Indian journal of veterinary science and animal husbandry - Volume 14,
Year: 1944
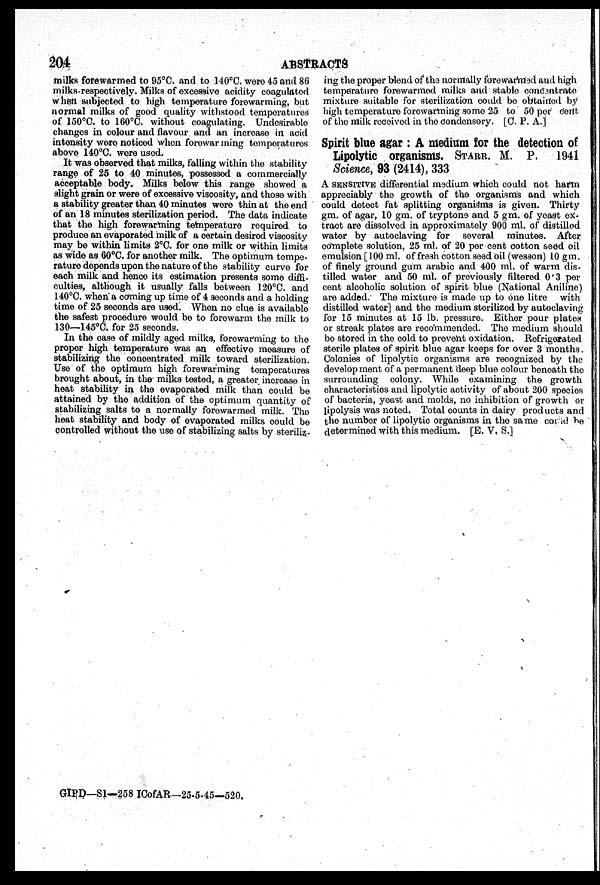
204
ABSTRACTS
milks forewarmed to 95°C. and to 140°C. were 45 and 86
milks-respectively. Milks of excessive acidity coagulated
when subjected to high temperature forewarming, but
normal milks of good quality withstood temperatures
of 150°C. to 160°C. without coagulating. Undesirable
changes in colour and flavour and an increase in acid
intensity were noticed when forowar ming temperatures
above 140°C. were used.
It was observed that milks, falling within the stability
range of 25 to 40 minutes, possessed a commercially
acceptable body. Milks below this range showed a
slight grain or were of excessive viscosity, and those with
a stability greater than 40 minutes were thin at the end
of an 18 minutes sterilization period. The data indicate
that the high forewarming temperature required to
produce an evaporated milk of a certain desired viscosity
may be within limits 2°C. for one milk or within limits
as wide as 60°C. for another milk. The optimum tempe-
rature depends upon the nature of the stability curve for
each milk and hence its estimation presents some diffi-
culties, although it usually falls between 120°C. and
140°C. when a coming up time of 4 seconds and a holding
time of 25 seconds are used. When no clue is available
the safest procedure would be to forewarm the milk to
130—145°C. for 25 seconds.
In the case of mildly aged milks, forewarming to the
proper high temperature was an effective measure of
stabilizing the concentrated milk toward sterilization.
Use of the optimum high forewarming temperatures
brought about, in the milks tested, a greater increase in
heat stability in the evaporated milk than could be
attained by the addition of the optimum quantity of
stabilizing salts to a normally forewarmed milk. The
heat stability and body of evaporated milks could be
controlled without the use of stabilizing salts by steriliz-
ing the proper blend of the normally forewarned and high
temperature forewarmed milks and stable conesntrate
mixture suitable for sterilization could be obtained by
high temperature forewarming some 25 to 50 per cent
of the milk received in the condensory. [C. P. A.]
Spirit blue agar: A medium for the detection of
Lipolytic organisms. STARR. M. P.
1941
Science, 93 (2414), 333
A SENSITIVE differential medium which could not harm
appreciably the growth of the organisms and which
could detect fat splitting organisms is given. Thirty
gm. of agar, 10 gm. of tryptone and 5 gm. of yeast ex-
tract are dissolved in approximately 900 ml. of distilled
water by autoclaving for several minutes. After
complete solution, 25 ml. of 20 per cent cotton seed oil
emulsion [ 100 ml. of fresh cotton seed oil (wesson) 10 gm.
of finely ground gum arabic and 400 ml. of warm dis-
tilled water and 50 ml. of previously filtered 0.3 per
cent alcoholic solution of spirit blue (National Aniline)
are added. The mixture is made up to one litre with
distilled water] and the medium sterilized by autoclaving
for 15 minutes at 15 lb. pressure. Either pour plates
or streak plates are recommended. The medium should
be stored in the cold to prevent oxidation. Refrigerated
sterile plates of spirit blue agar keeps for over 3 months.
Colonies of lipolytic organisms are recognized by the
develop ment of a permanent deep blue colour beneath the
surrounding colony. While examining the growth
characteristics and lipolytic activity of about 200 species
of bacteria, yeast and molds, no inhibition of growth or
lipolysis was noted, Total counts in dairy products and
the number of lipolytic organisms in the same could be
determined with this medium. [E. V, S.]
GIPD—S1—258 ICofAR—25-5-45—520.